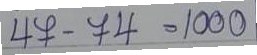
47 - 74 = 1000